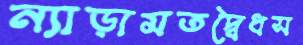
ন্যাড়ামতদ্বৈধস